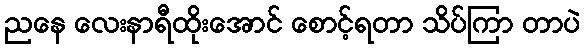
ညနေ လေးနာရီထိုးအောင် စောင့်ရတာ သိပ်ကြာ တာပဲ